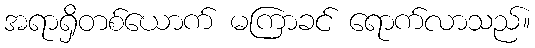
အရာရှိတစ်ယောက် မကြာခင် ရောက်လာသည်။